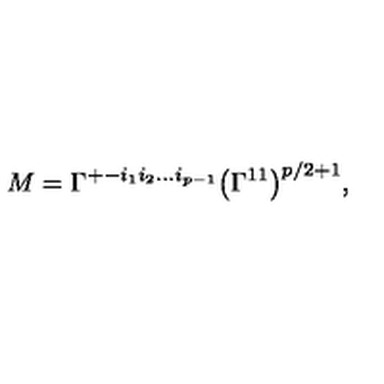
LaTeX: M = \Gamma ^ { + - i _ { 1 } i _ { 2 } \dots i _ { p - 1 } } \bigl ( \Gamma ^ { 1 1 } \bigr ) ^ { p / 2 + 1 } ,